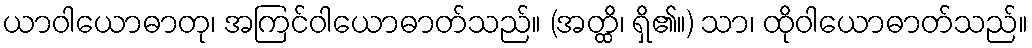
ယာဝါယောဓာတု၊ အကြင်ဝါယောဓာတ်သည်။ (အတ္ထိ၊ ရှိ၏။) သာ၊ ထိုဝါယောဓာတ်သည်။